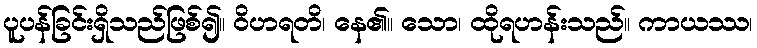
ပူပန်ခြင်းရှိသည်ဖြစ်၍။ ဝိဟရတိ၊ နေ၏။ သော၊ ထိုရဟန်းသည်။ ကာယဿ၊